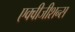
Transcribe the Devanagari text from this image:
एक्वीजीशन्स